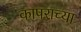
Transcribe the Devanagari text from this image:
कापराच्या